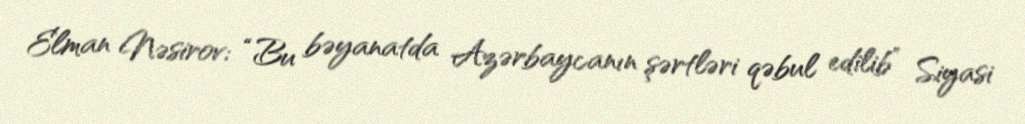
Elman Nəsirov: “Bu bəyanatda Azərbaycanın şərtləri qəbul edilib” Siyasi